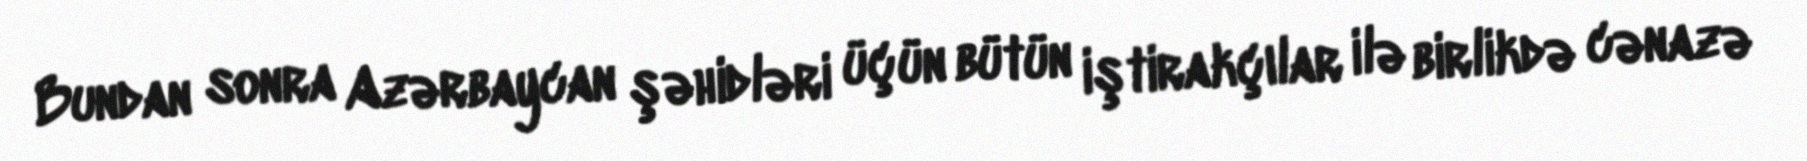
Bundan sonra Azərbaycan şəhidləri üçün bütün iştirakçılar ilə birlikdə cənazə